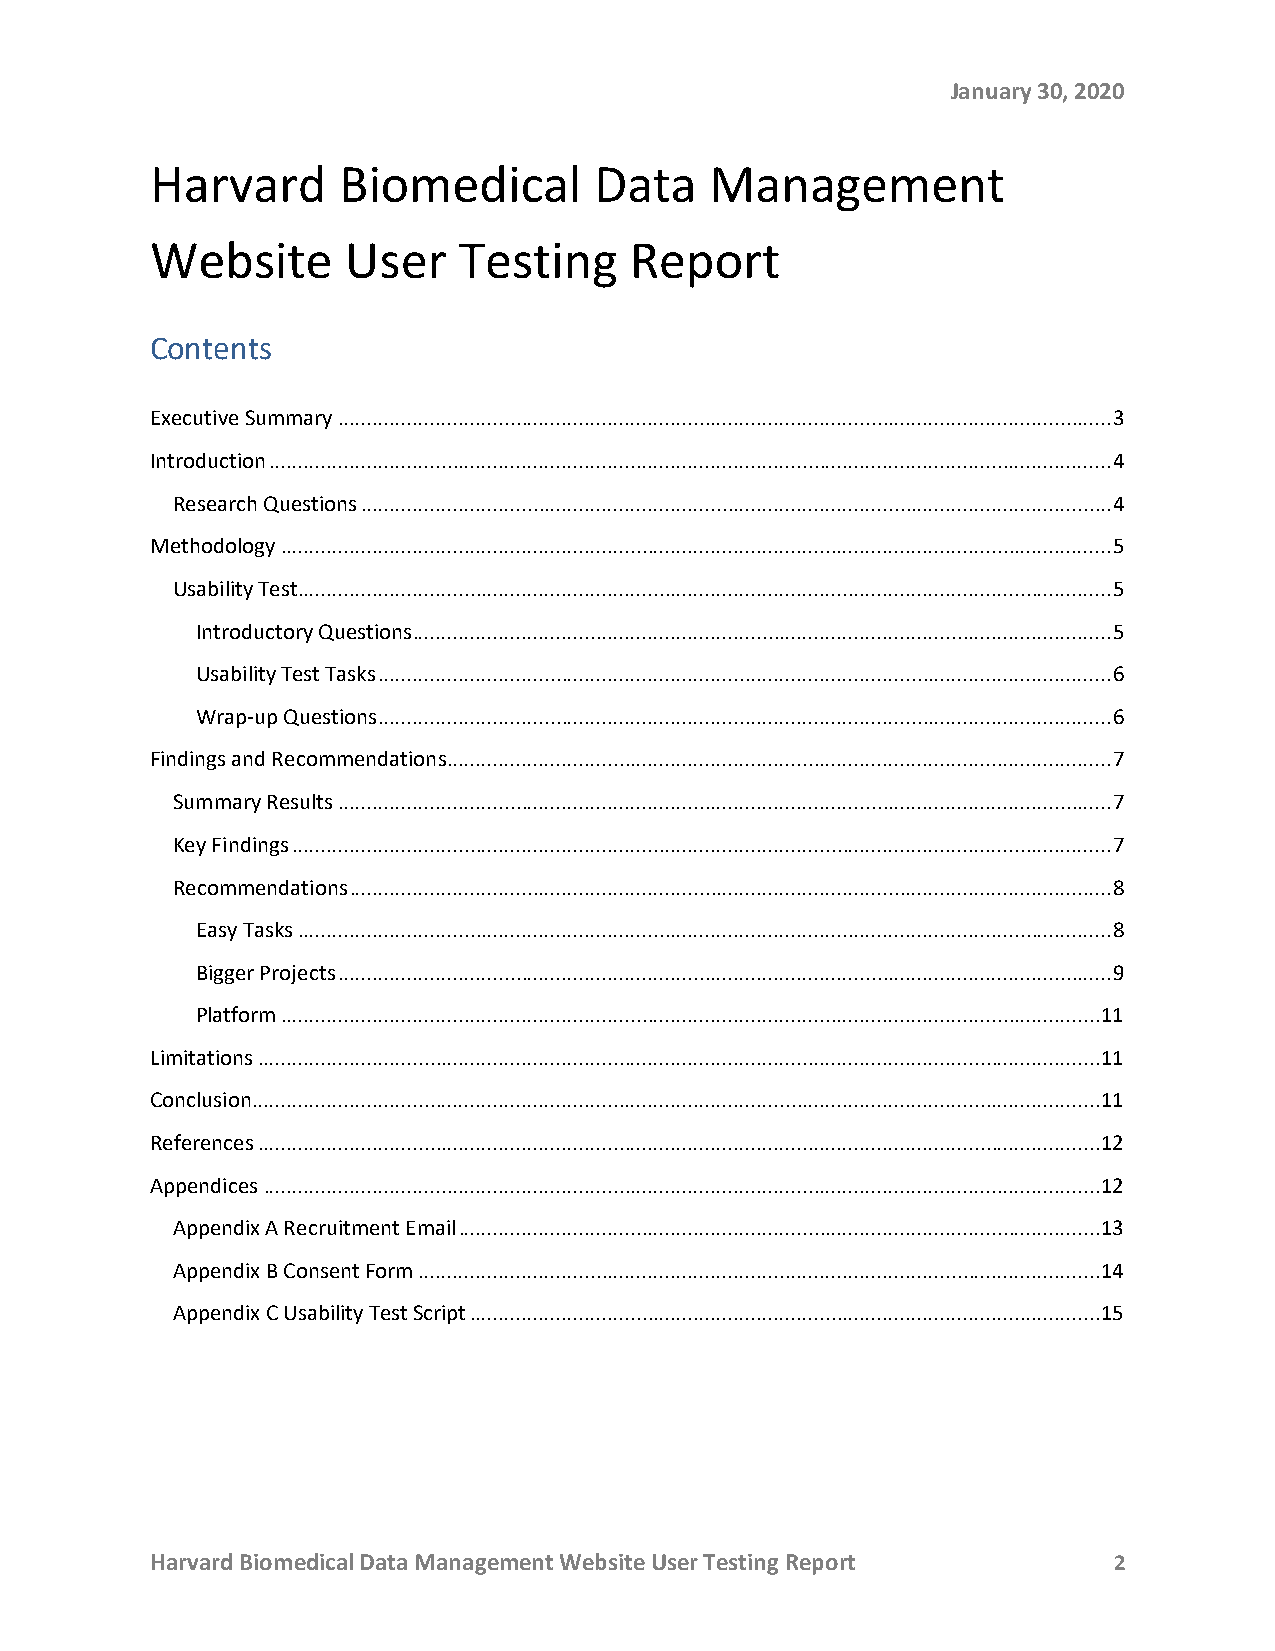
January 30, 2020
 Harvard     Biomedical       Data    Management
 Website      User   Testing     Report
 Contents
 Executive Summary ....................................................................................................................................... 3
 Introduction ................................................................................................................................................... 4
 Research Questions ................................................................................................................................... 4
 Methodology ................................................................................................................................................. 5
 Usability Test.............................................................................................................................................. 5
 Introductory Questions.......................................................................................................................... 5
 Usability Test Tasks ................................................................................................................................ 6
 Wrap-up Questions ................................................................................................................................ 6
 Findings and Recommendations.................................................................................................................... 7
 Summary Results ....................................................................................................................................... 7
 Key Findings ............................................................................................................................................... 7
 Recommendations ..................................................................................................................................... 8
 Easy Tasks .............................................................................................................................................. 8
 Bigger Projects ....................................................................................................................................... 9
 Platform ............................................................................................................................................... 11
 Limitations ................................................................................................................................................... 11
 Conclusion .................................................................................................................................................... 11
 References ................................................................................................................................................... 12
 Appendices .................................................................................................................................................. 12
 Appendix A Recruitment Email ................................................................................................................ 13
 Appendix B Consent Form ....................................................................................................................... 14
 Appendix C Usability Test Script .............................................................................................................. 15
 Harvard Biomedical Data Management Website User Testing Report  2